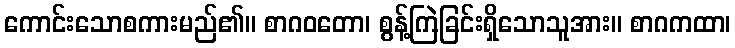
ကောင်းသောစကားမည်၏။ စာဂဝတော၊ စွန့်ကြဲခြင်းရှိသောသူအား။ စာဂကထာ၊